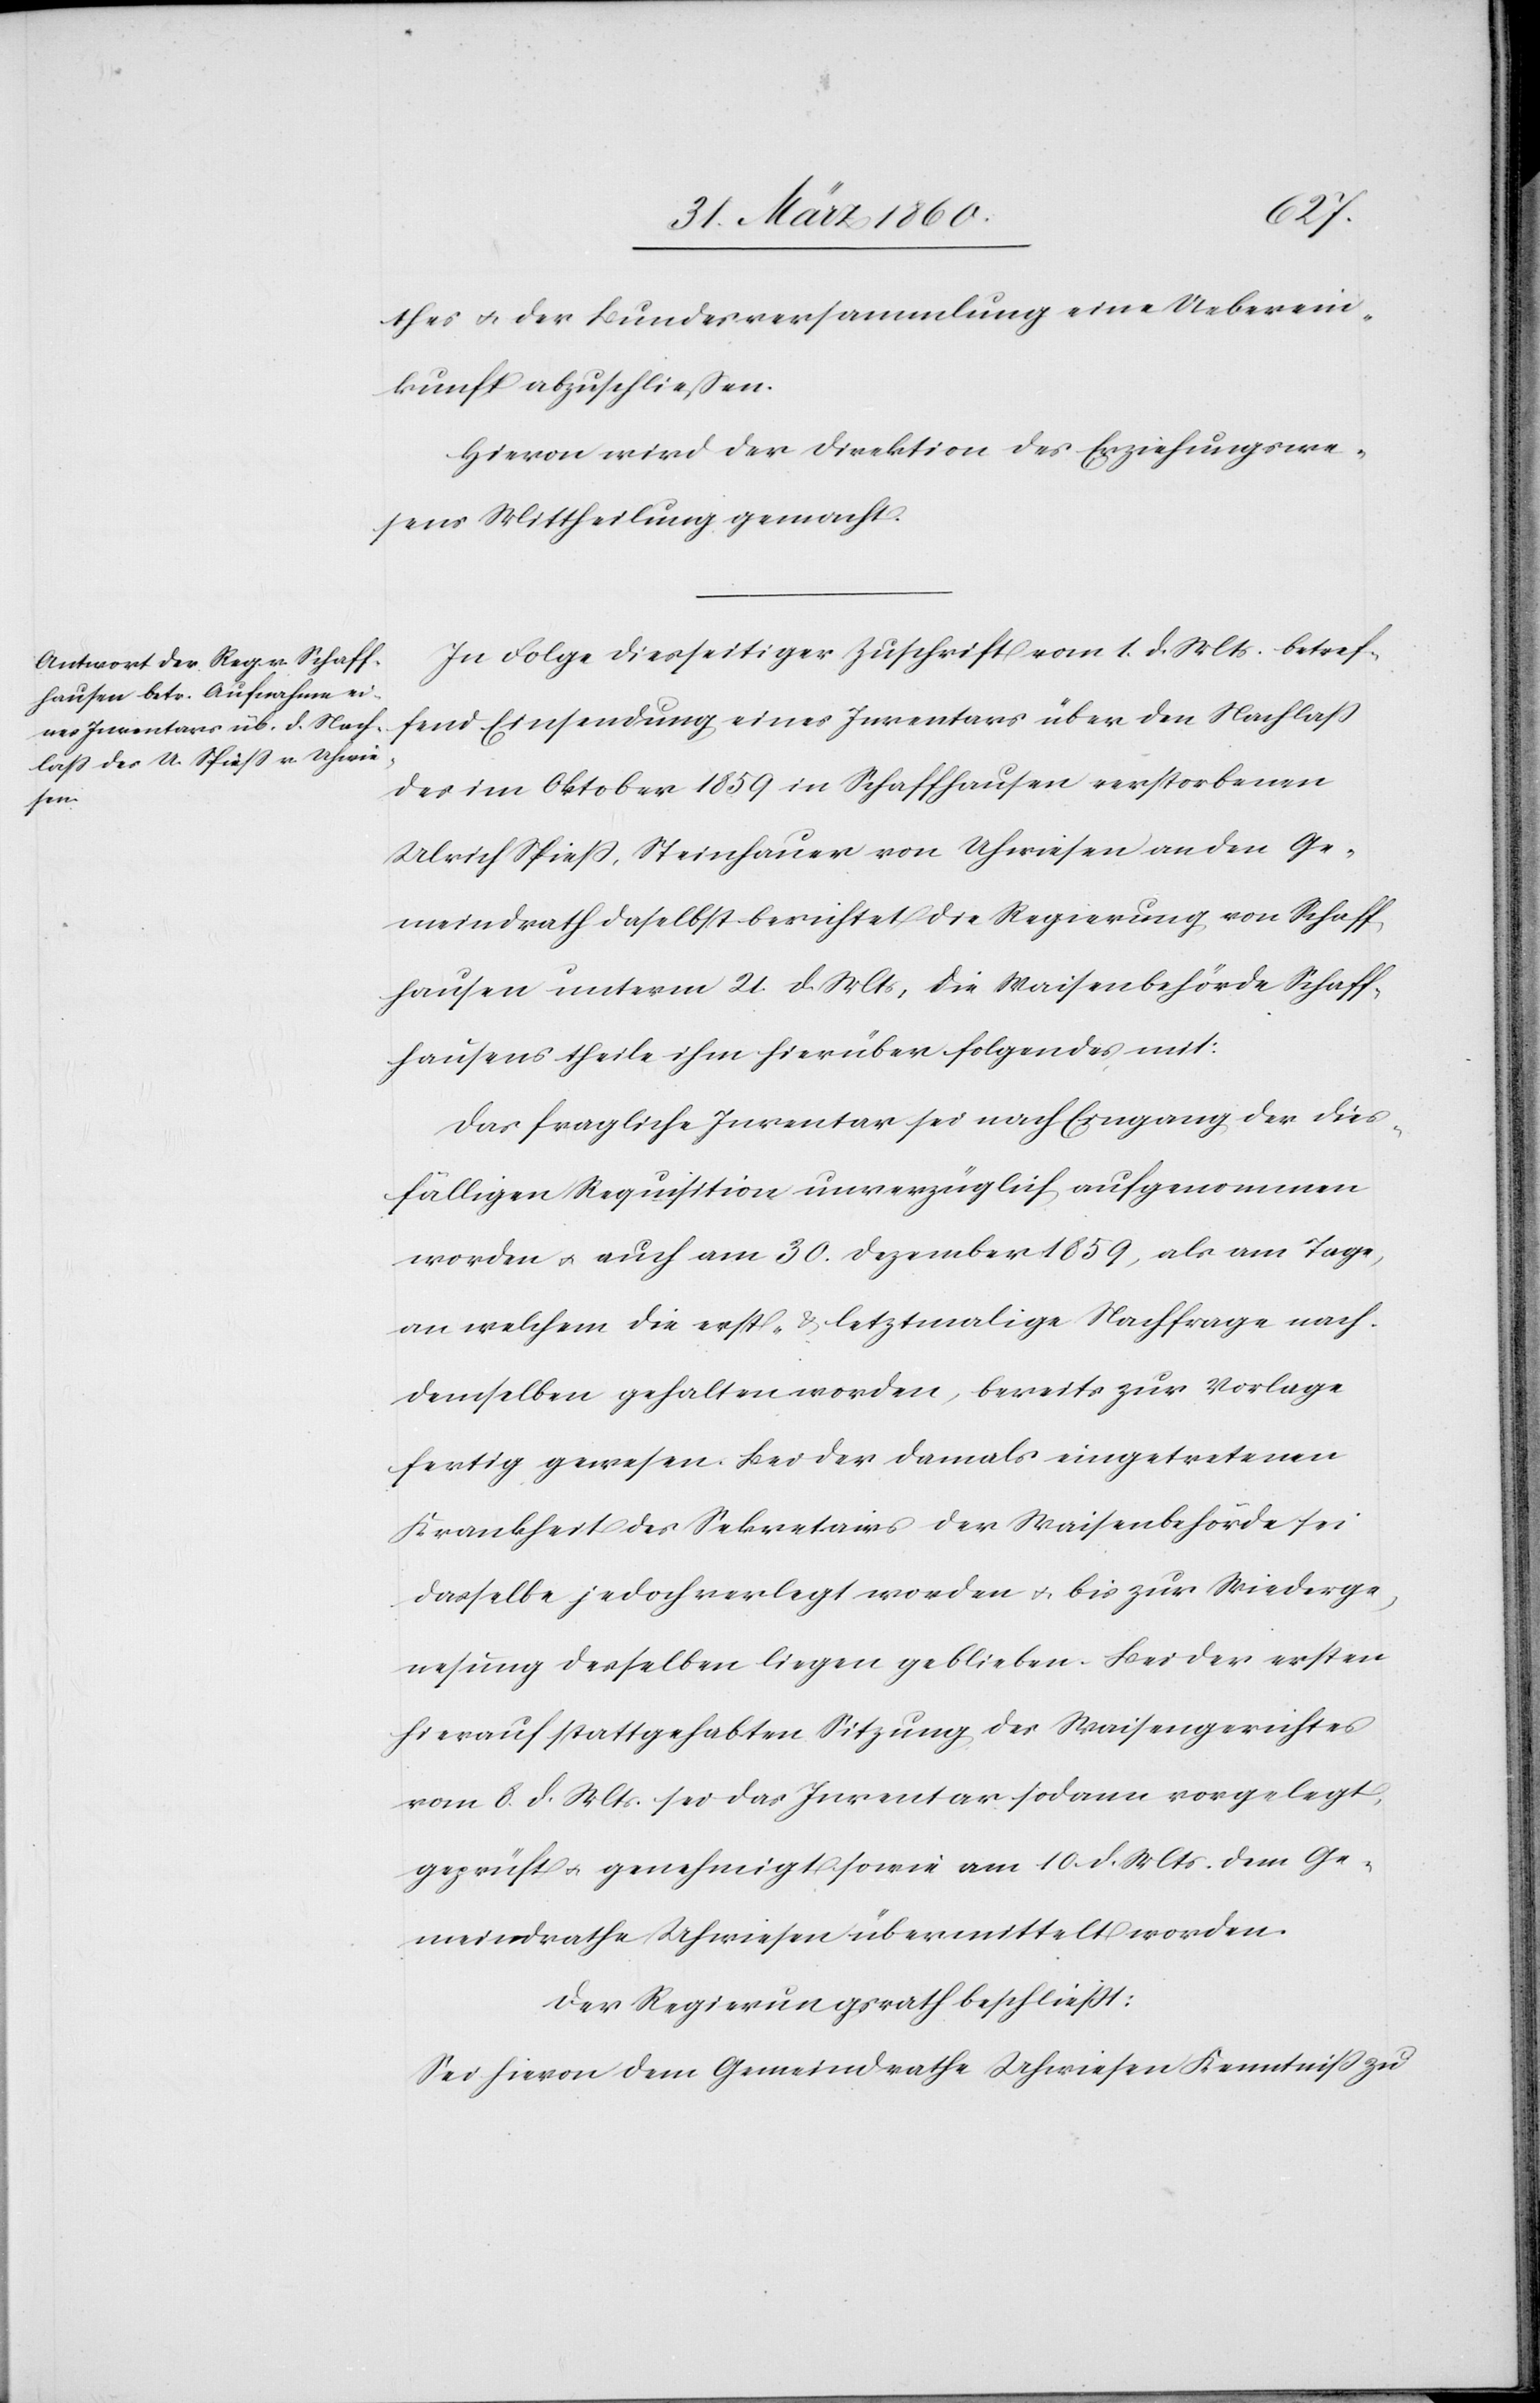
thes u. der Bundesversammlung eine Ueberein¬
kunft abzuschließen.
Hievon wird der Direktion des Erziehungswe¬
sens Mittheilung gemacht.
In Folge diesseitiger Zuschrift vom 1. d. Mts. betref¬
fend Einsendung eines Inventares über den Nachlass
des im Oktober 1859 in Schaffhausen verstorbenen
Ulrich Spieß, Steinhauer von Uhwiesen an den Ge¬
meindrath daselbst berichtet die Regierung von Schaff¬
hausen unterm 21. d. Mts., die Waisenbehörde Schaff¬
hausens theile ihm hierüber folgendes mit:
Das fragliche Inventar sei nach Eingang der dies¬
fälligen Requisition unverzüglich aufgenommen
worden u. auch am 30. Dezember 1859, als am Tage,
an welchem die erst- u. letztmalige Nachfrage nach
demselben gehalten worden, bereits zur Vorlage
fertig gewesen. Bei der damals eingetretenen
Krankheit des Sekretairs der Waisenbehörde sei
dasselbe jedoch verlegt worden u. bis zur Wiederge¬
nesung desselben liegen geblieben. Bei der ersten
hierauf stattgehabten Sitzung des Waisengerichtes
vom 8. d. Mts. sei das Inventar sodann vorgelegt,
geprüft u. genehmigt sowie am 10. d. Mts. dem Ge¬
meindrathe Uhwiesen übermittelt worden.
Der Regierungsrath beschliesst.
Sei hievon dem Gemeindrathe Uhwiesen Kenntniß zu